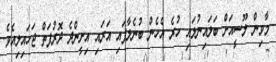
މާވިން ލޫސީއަށް ބަލައިނުލައި ހުރެ އެހެން ބުނެލާފައި އަރައި އިށީންދެ ދޮރުފަތް ޖަހައިލިއެވެ.